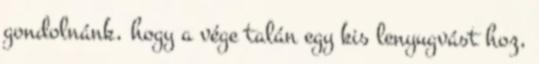
gondolnánk, hogy a vége talán egy kis lenyugvást hoz,